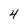
Character: 4